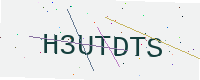
Text: H3UTDTS